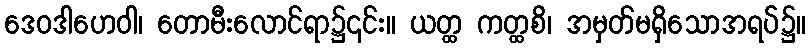
ဒေဝဒါဟေဝါ၊ တောမီးလောင်ရာ၌၎င်း။ ယတ္ထ ကတ္ထစိ၊ အမှတ်မရှိသောအရပ်၌။